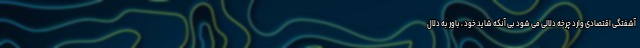
آشفتگی اقتصادی وارد چرخه دلالی می شود بی آنکه شاید خود ، باور به دلال